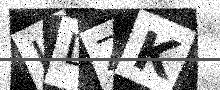
Text: JDZK